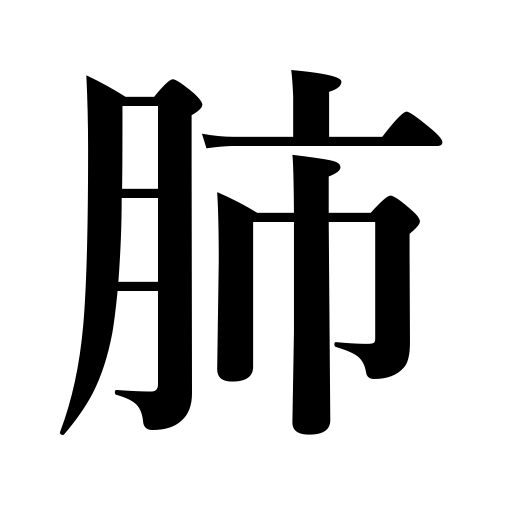
Meanings: lung